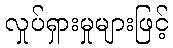
လှုပ်ရှားမှုများဖြင့်